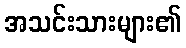
အသင်းသားများ၏